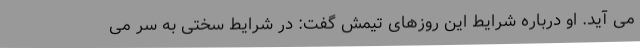
می آید. او درباره شرایط این روزهای تیمش گفت: در شرایط سختی به سر می